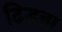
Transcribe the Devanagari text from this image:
दिड़बा